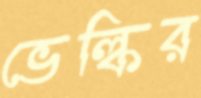
ভেল্কির